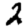
Digit: 2